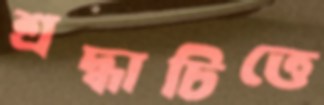
শ্রদ্ধাচিত্তে